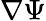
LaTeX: \nabla\Psi